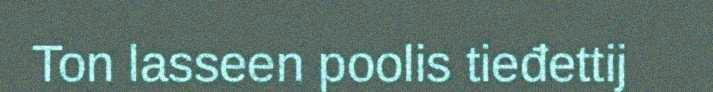
Ton lasseen poolis tieđettij